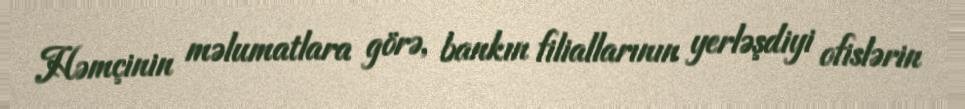
Həmçinin məlumatlara görə, bankın filiallarının yerləşdiyi ofislərin